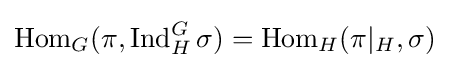
\operatorname {Hom} _{G}(\pi ,\operatorname {Ind} _{H}^{G}\sigma )=\operatorname {Hom} _{H}(\pi |_{H},\sigma )